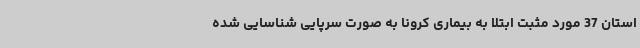
استان 37 مورد مثبت ابتلا به بیماری کرونا به ‌صورت سرپایی شناسایی شده